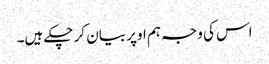
اس کی وجہ ہم اوپر بیان کر چکے ہیں۔